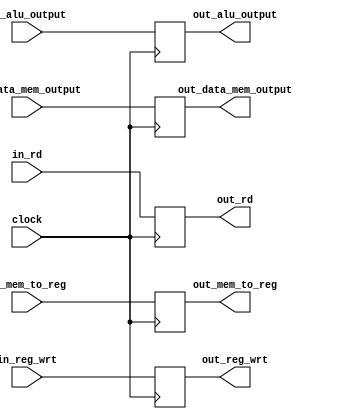
`timescale 1ns / 1ps
//////////////////////////////////////////////////////////////////////////////////
// Company: 
// Engineer: 
// 
// Design Name: 
// Module Name: ex_wb_buffer
// Project Name: 
// Target Devices: 
// Tool Versions: 
// Description: 
// 
// Dependencies: 
// 
// Revision:
// Revision 0.01 - File Created
// Additional Comments:
// 
//////////////////////////////////////////////////////////////////////////////////


module ex_wb_buffer(input clock,
                    input in_mem_to_reg, 
                    input in_reg_wrt, 
                    input [31:0] in_alu_output, 
                    input [31:0] in_data_mem_output, 
                    input [5:0] in_rd,
                    output reg out_mem_to_reg,
                    output reg out_reg_wrt,
                    output reg [31:0] out_alu_output, 
                    output reg [31:0] out_data_mem_output,
                    output reg [5:0] out_rd );
always@(posedge clock)
begin
    out_mem_to_reg = in_mem_to_reg;
    out_reg_wrt = in_reg_wrt;
    out_alu_output = in_alu_output;
    out_data_mem_output = in_data_mem_output;
    out_rd = in_rd;

end              
              
endmodule